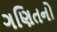
ગણિતનો